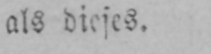
als dieses.